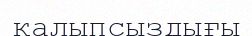
қалыпсыздығы